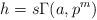
LaTeX: \begin{align*} h=s\Gamma(a,p^m)\end{align*}